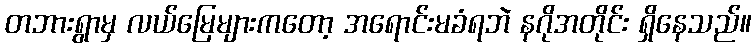
တဘားရွာမှ လယ်မြေများကတော့ အရောင်းမခံရဘဲ နဂိုအတိုင်း ရှိနေသည်။